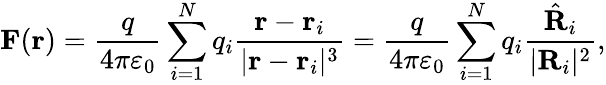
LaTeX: \mathbf{F}(\mathbf{r})={\frac{q}{4\pi\varepsilon_{0}}}\sum_{i=1}^{N}q_{i}{\frac{\mathbf{r}-\mathbf{r}_{i}}{|\mathbf{r}-\mathbf{r}_{i}|^{3}}}={\frac{q}{4\pi\varepsilon_{0}}}\sum_{i=1}^{N}q_{i}{\frac{{\hat{\mathbf{R}}}_{i}}{|\mathbf{R}_{i}|^{2}}},